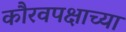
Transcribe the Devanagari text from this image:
कौरवपक्षाच्या